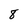
Character: 8